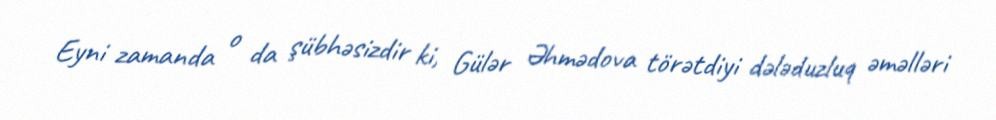
Eyni zamanda o da şübhəsizdir ki, Gülər Əhmədova törətdiyi dələduzluq əməlləri